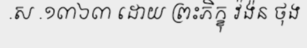
.ស .១៣៦៣ ដោយ ព្រះភិក្ខុ វ៉ង៉ន ថុង